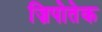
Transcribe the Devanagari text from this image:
ज़िपोतेक